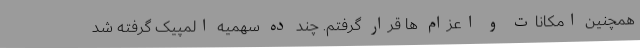
همچنین امکانات و اعزام ها قرار گرفتم. چند ده سهمیه المپیک گرفته شد